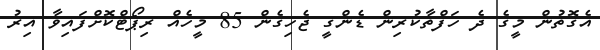
އެގޮތުން މީގެ ދެ ހަފްތާކުރިން ޑެންގީ ޖެހިގެން 85 މީހެއް ރިޕޯޓްކޮށްފައިވާ އިރު